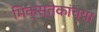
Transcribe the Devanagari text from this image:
मिक्स्तेकांच्या